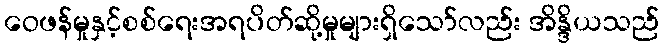
ဝေဖန်မှုနှင့်စစ်ရေးအရပိတ်ဆို့မှုများရှိသော်လည်း အိန္ဒိယသည်